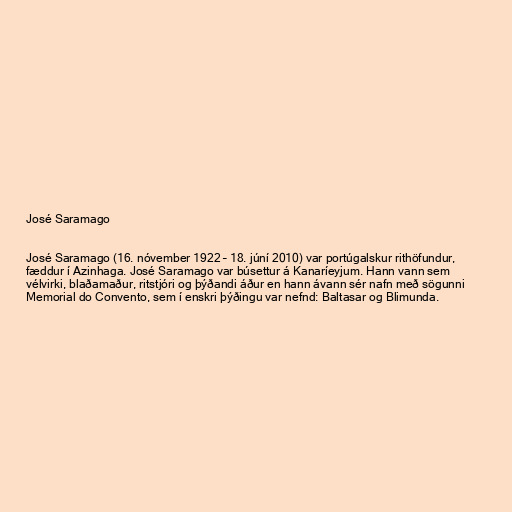
José Saramago

José Saramago (16. nóvember 1922 – 18. júní 2010) var portúgalskur rithöfundur,
fæddur í Azinhaga. José Saramago var búsettur á Kanaríeyjum. Hann vann sem
vélvirki, blaðamaður, ritstjóri og þýðandi áður en hann ávann sér nafn með sögunni
Memorial do Convento, sem í enskri þýðingu var nefnd: Baltasar og Blimunda.